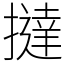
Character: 撻